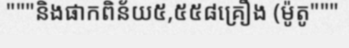
"""និងផាកពិន័យ៥,៥៥៨គ្រឿង (ម៉ូតូ"""